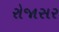
રોજાસર